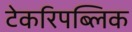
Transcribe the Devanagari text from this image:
टेकरिपब्लिक